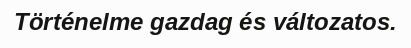
Történelme gazdag és változatos.